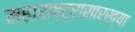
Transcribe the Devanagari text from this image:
महाराष्ट्रासारख्‍या